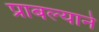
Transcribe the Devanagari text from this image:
प्राबल्याने